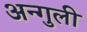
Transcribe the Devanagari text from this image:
अन्गुली